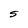
Character: S